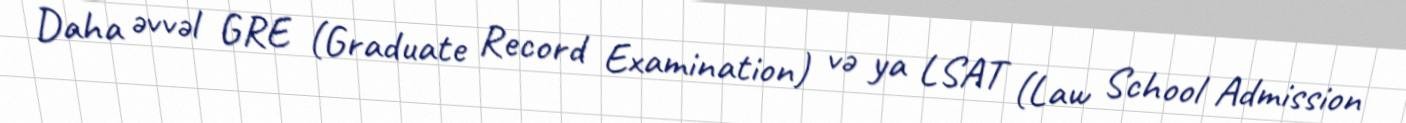
Daha əvvəl GRE (Graduate Record Examination) və ya LSAT (Law School Admission